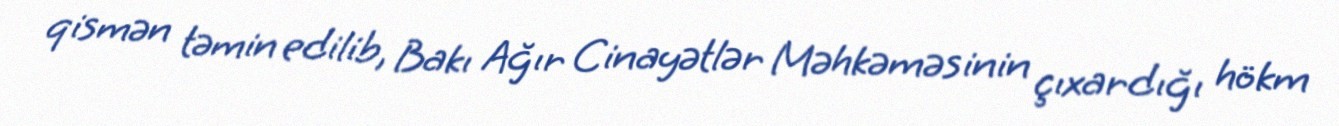
qismən təmin edilib, Bakı Ağır Cinayətlər Məhkəməsinin çıxardığı hökm